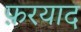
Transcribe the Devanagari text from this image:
फ़रयाद